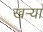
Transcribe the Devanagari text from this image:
खर्‍या